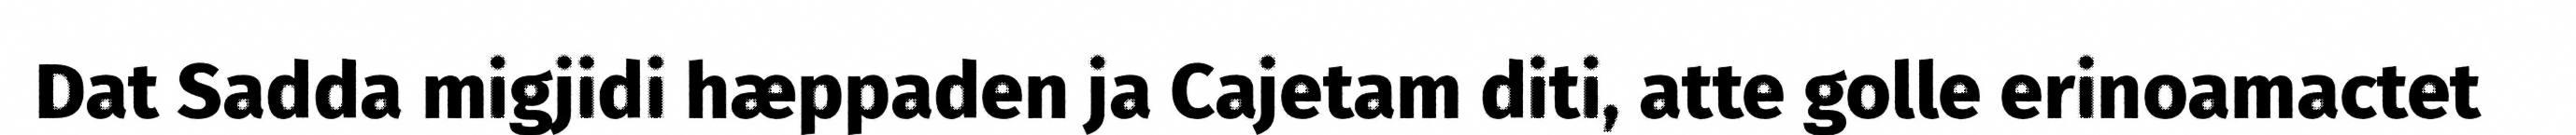
Dat Sadda migjidi hæppaden ja Cajetam diti, atte golle erinoamactet